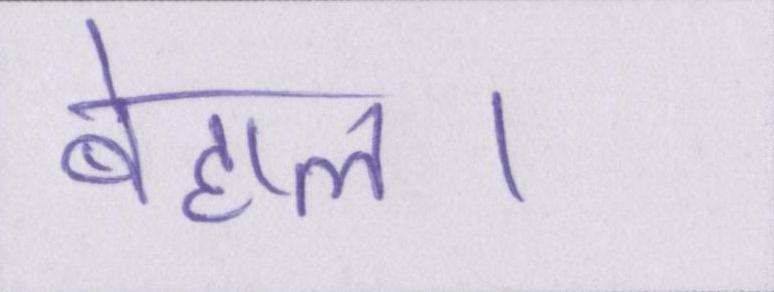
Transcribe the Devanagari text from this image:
बेहाल।